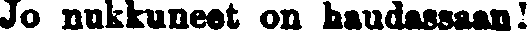
Jo nukkuneet on haudassaan!